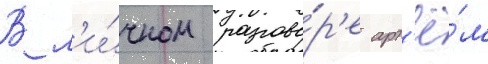
В л'и́чном разгово́р'е арт'ё́м